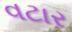
વટાર